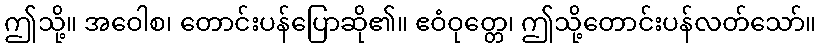
ဤသို့။ အဝေါစ၊ တောင်းပန်ပြောဆို၏။ ဧဝံဝုတ္တေ၊ ဤသို့တောင်းပန်လတ်သော်။